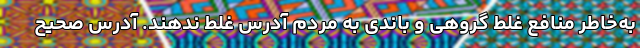
به‌خاطر منافع غلط گروهی و باندی به مردم آدرس غلط ندهند. آدرس صحیح